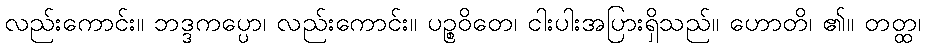
လည်းကောင်း။ ဘဒ္ဒကပ္ပော၊ လည်းကောင်း။ ပဉ္စဝိတေ၊ ငါးပါးအပြားရှိသည်။ ဟောတိ၊ ၏။ တတ္ထ၊